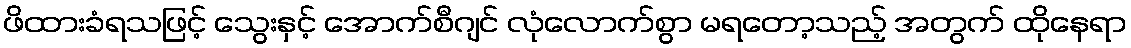
ဖိထားခံရသဖြင့် သွေးနှင့် အောက်စီဂျင် လုံလောက်စွာ မရတော့သည့် အတွက် ထိုနေရာ